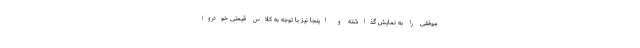
موفقی را به نمایش گذاشته و اینجا نیز با توجه به کلاس قیمتی خودرو؛